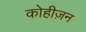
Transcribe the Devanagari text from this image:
कोहीज़न